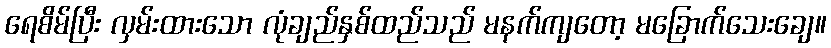
ရေစိမ်ပြီး လှမ်းထားသော လုံချည်နှစ်ထည်သည် မနက်ကျတော့ မခြောက်သေးချေ။